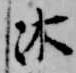
沐